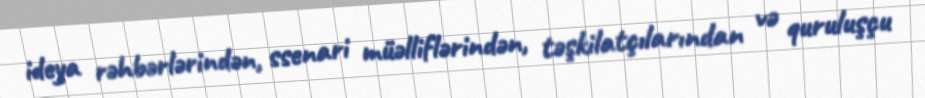
ideya rəhbərlərindən, ssenari müəlliflərindən, təşkilatçılarından və quruluşçu